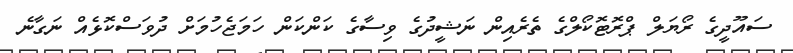
ސައޫދީގެ ރޯޔަލް ޕްރޮޓޮކޯލްގެ ތެރެއިން ނަޝީދުގެ ވިސާގެ ކަންކަން ހަމަޖެހުމަށް ދުވަސްކޮޅެއް ނަގާނެ